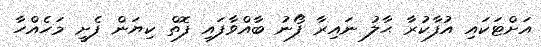
އަށްޓަކައި އުފާކުރާ ޙާލު ނައިރާ ފޯނު ބާއްވާފައި ފޮތް ކިޔަން ފެށީ މަހެއްހާ